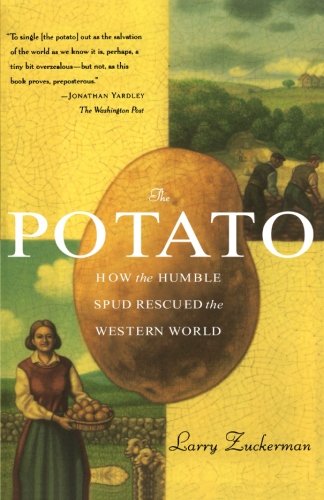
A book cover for The Potato: How the Humble Spud Rescued the Western World; Larry Zuckerman; Cookbooks, Food & Wine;